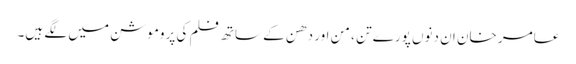
عامر خان ان دنوں پورے تن ، من اور دھن کے ساتھ فلم کی پروموشن میں لگے ہیں۔